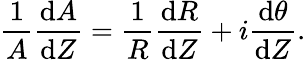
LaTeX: \frac{1}{A}\frac{\mathrm{d}A}{\mathrm{d}Z}=\frac{1}{R}\frac{\mathrm{d}R}{\mathrm{d}Z}+i\frac{\mathrm{d}\theta}{\mathrm{d}Z}.